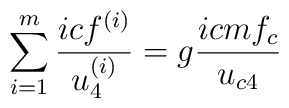
\sum\limits_{i=1}^m\frac{icf^{(i)}}{u_4^{(i)}}=g\frac{icmf_c}{u_{c4}}